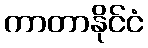
ကာတာနိုင်ငံ